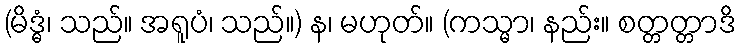
(မိဒ္ဓံ၊ သည်။ အရူပံ၊ သည်။) န၊ မဟုတ်။ (ကသ္မာ၊ နည်း။ စတ္တတ္တာဒိ